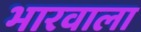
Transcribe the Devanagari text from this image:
भारवाला